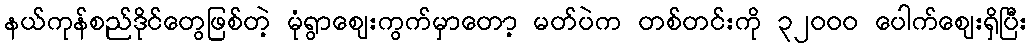
နယ်ကုန်စည်ဒိုင်တွေဖြစ်တဲ့ မုံရွာဈေးကွက်မှာတော့ မတ်ပဲက တစ်တင်းကို ၃၂၀၀၀ ပေါက်ဈေးရှိပြီး